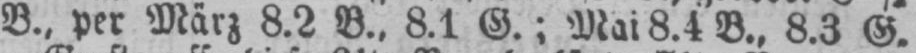
B., per März 8.2 B., 8.1 G.; Mai 8.4 B., 8.3 G.